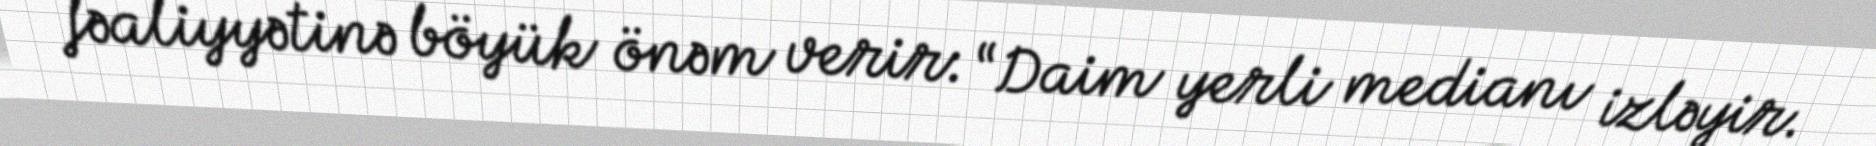
fəaliyyətinə böyük önəm verir: “Daim yerli medianı izləyir.